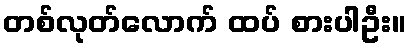
တစ်လုတ်လောက် ထပ် စားပါဦး။